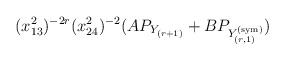
LaTeX: \begin{align*}(x_{13}^2)^{-2r} (x_{24}^2)^{-2} (A P_{Y_{(r+1)}} + B P_{Y^{(\mathrm{sym})}_{(r,1)}})\end{align*}